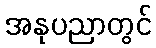
အနုပညာတွင်